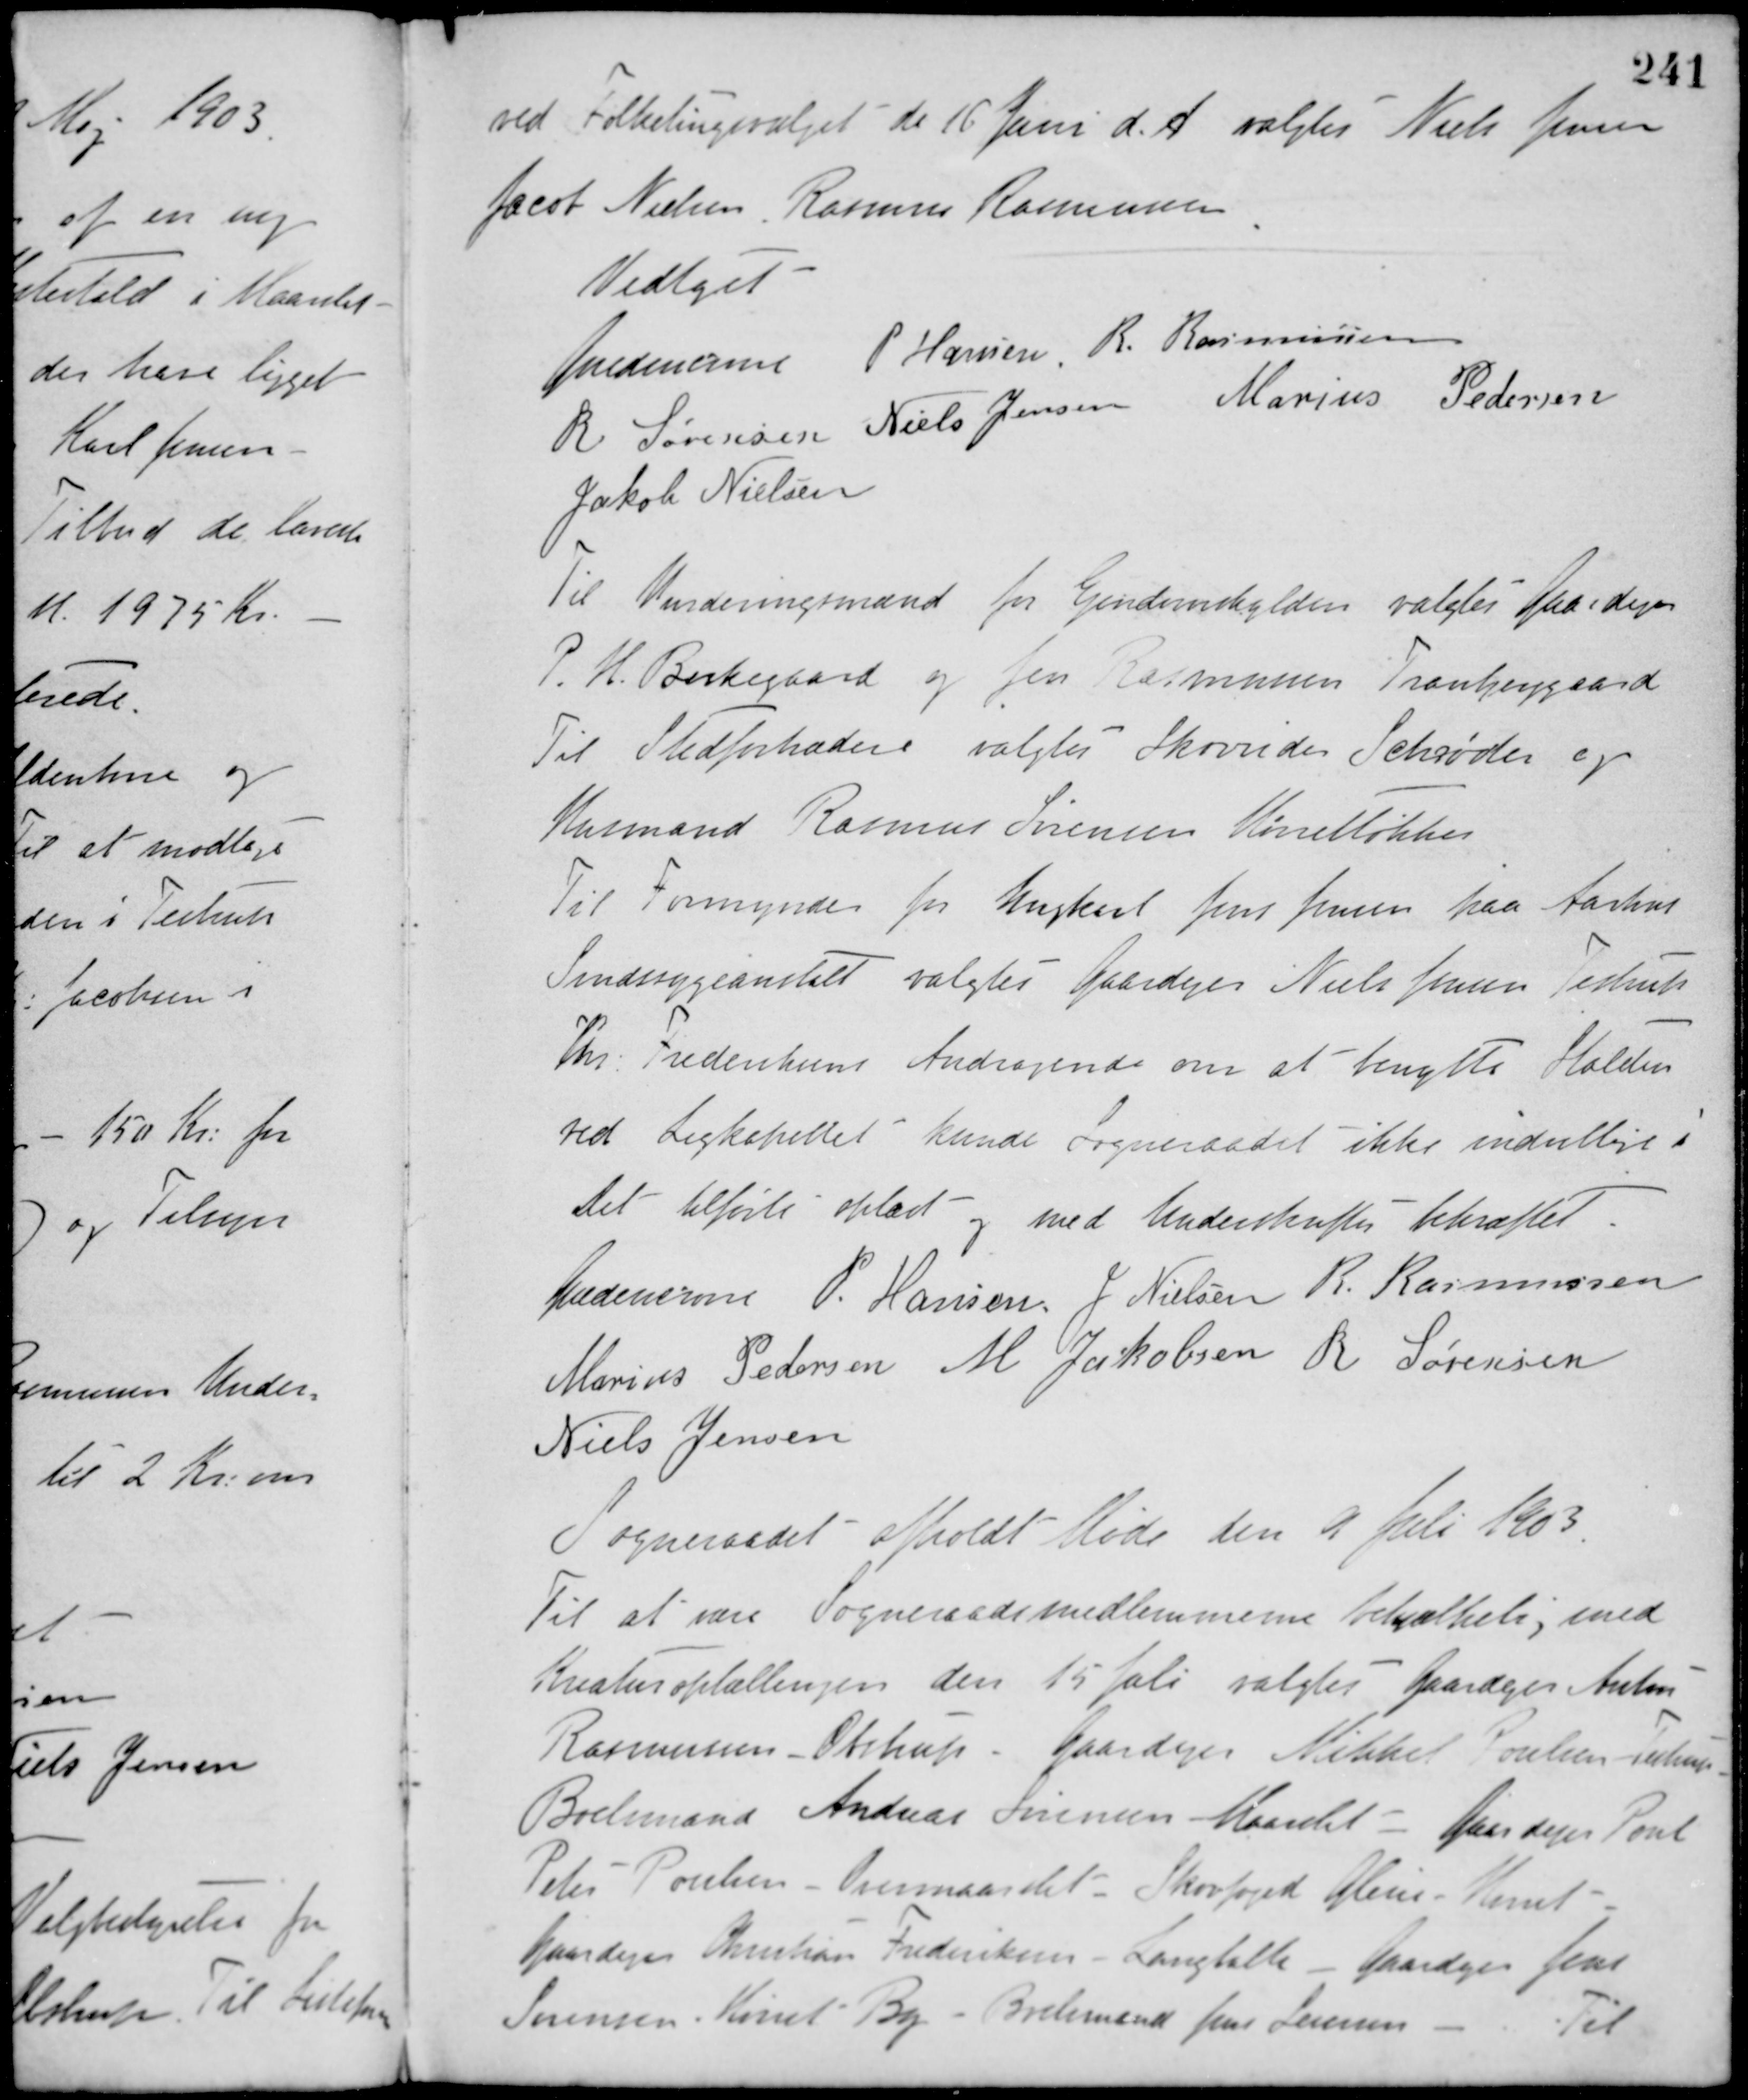
Transskription:
ved Folketingsvalget den 16 Juni d. A. valgtes Niels Jensen,
Jacob Nielsen, Rasmus Rasmussen.
Vedtaget
Guldencrone P. Hansen R. Rasmussen
R. Sørensen Niels Jensen Marius Pedersen
Jakob Nielsen
Til Vurderingsmænd for Ejendomskylden valgtes Gaardejer
P. H. Birkegaard og Jens Rasmussen Tranbjerggaard
Til Stedfortræder valgtes Skovrider Schrøder og
Husmand Rasmus Sørensen Hørretløkken.
Til Formynder for Ungkarl Jens Jensen paa Aarhus
Sindssygeanstalt valgtes Gaardejer Niels Jensen Testrup
Chr. Frederiksens Andragende om at benytte Stalden
ved Ligkapellet kunde Sogneraadet ikke indvillige i.
Det tilførte oplæst og med Underskrifter bekræftet
Guldencrone P. Hansen J. Nielsen R. Rasmussen
Marius Pedersen M. Jakobsen R. Sørensen
Niels Jensen
Sogneraadet afholdt Møde den 9 Juli 1903.
Til at være Sogneraadsmedlemmerne behjælpelig med
Kreaturoptællingen den 15 Juli valgtes Gaardejer Anton
Rasmussen, Obstrup - Gaardejer Mikkel Poulsen, Testrup -
Boelsmand Andreas Sørensen, Maarslet - Gaardejer Poul
Peter Poulsen, Overmaarslet - Skovfoged Glens, Hørret -
Gaardejer Christian Frederiksen, Langballe - Gaardejer Jens
Sørensen, Hørret By - Boelsmand Jens Lauersen.
Til